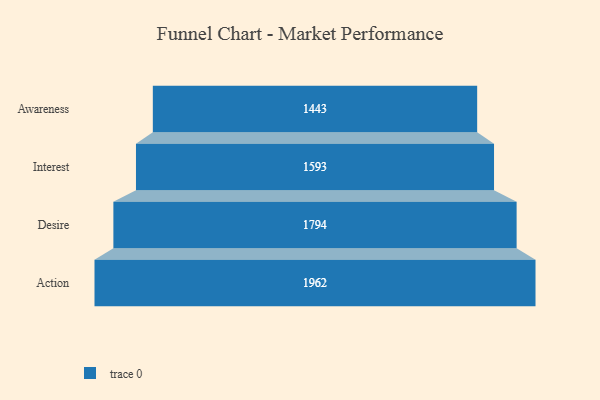
{"axis": {"x": "Stage", "y": "Value"}, "legend": [""], "data": [{"x": "Awareness", "y": 1443.0, "type": ""}, {"x": "Interest", "y": 1593.0, "type": ""}, {"x": "Desire", "y": 1794.0, "type": ""}, {"x": "Action", "y": 1962.0, "type": ""}]}